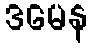
ဒမေန